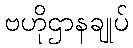
ဗဟိုဌာနချုပ်